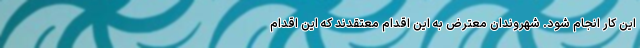
این کار انجام شود. شهروندان معترض به این اقدام معتقدند که این اقدام